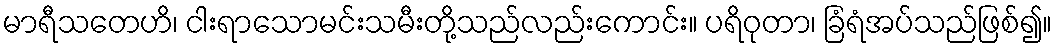
မာရီသတေဟိ၊ ငါးရာသောမင်းသမီးတို့သည်လည်းကောင်း။ ပရိဝုတာ၊ ခြံရံအပ်သည်ဖြစ်၍။